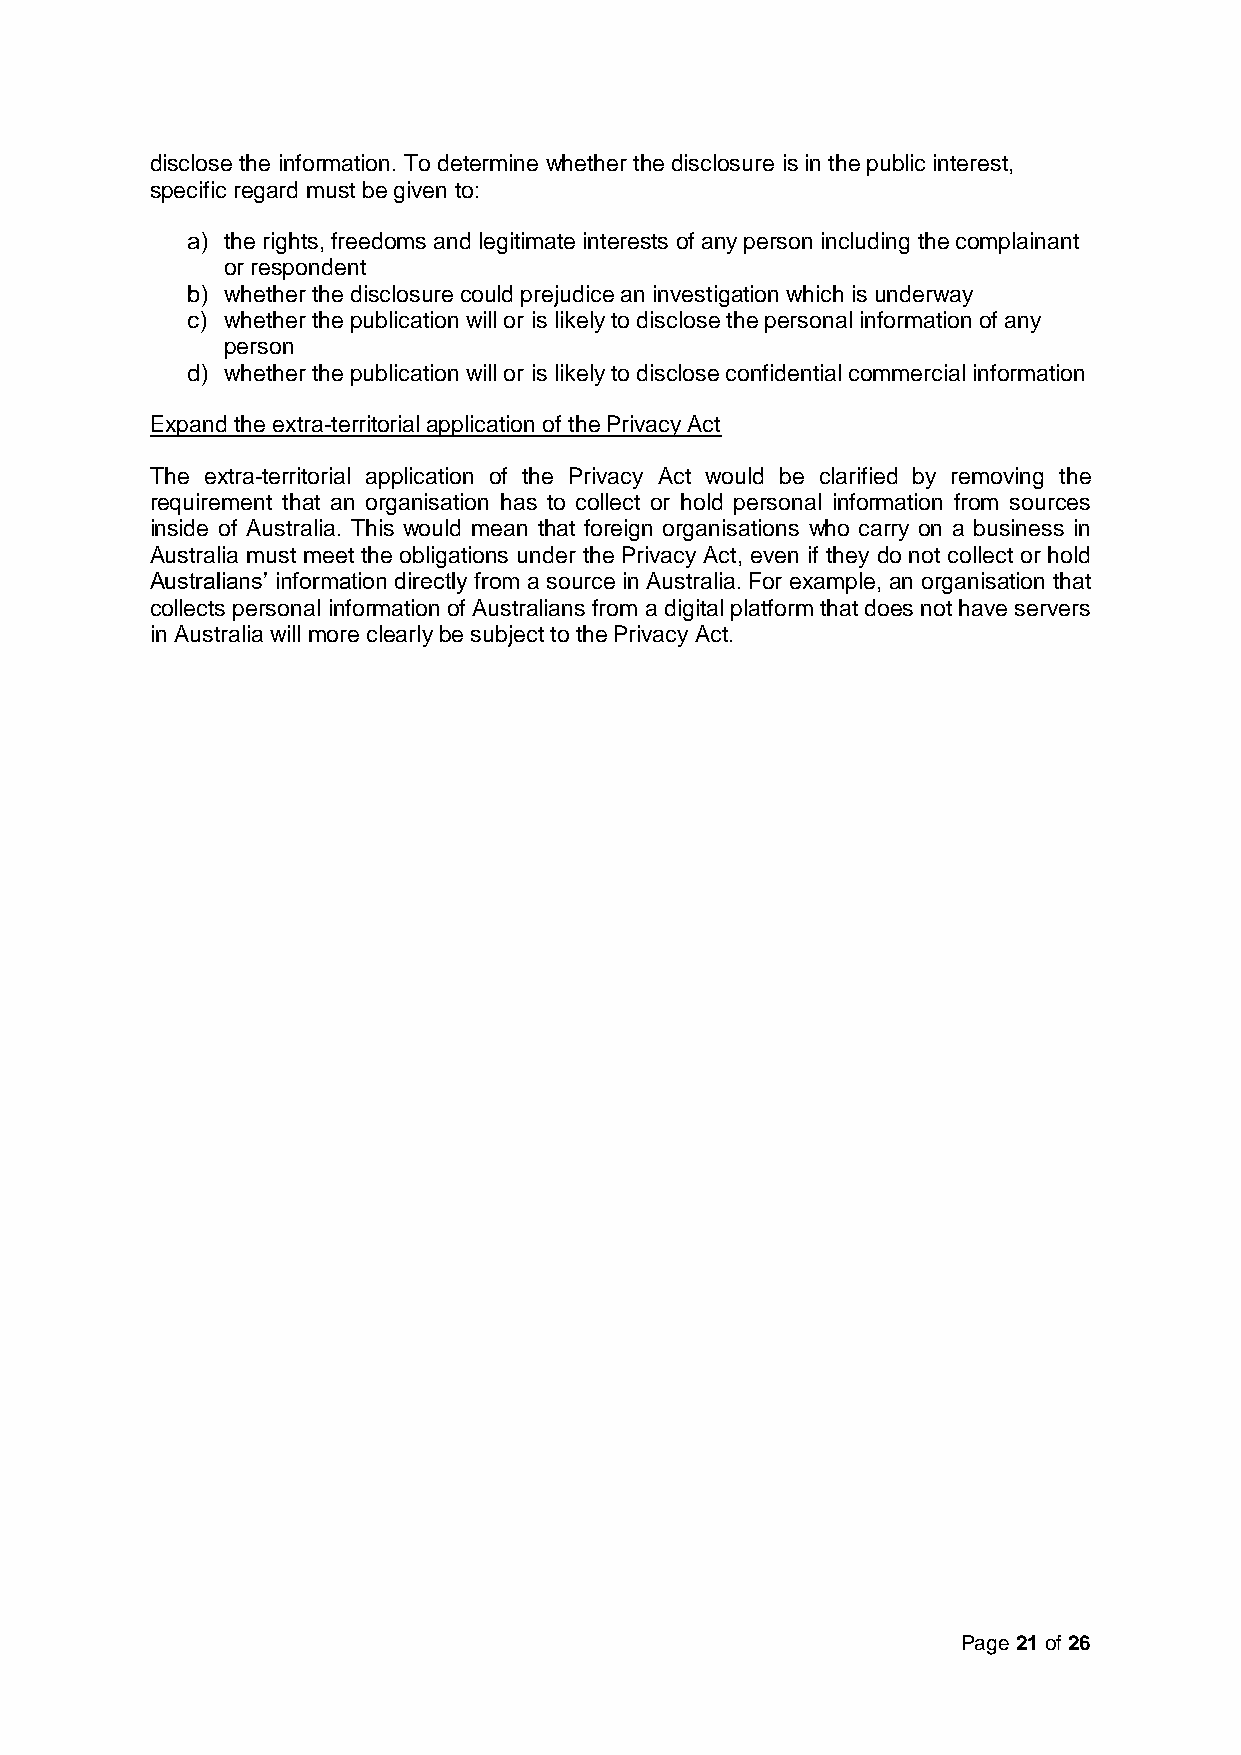
disclose the information. To determine whether the disclosure is in the public interest,
 specific regard must be given to:
 a) the rights, freedoms and legitimate interests of any person including the complainant
 or respondent
 b) whether the disclosure could prejudice an investigation which is underway
 c) whether the publication will or is likely to disclose the personal information of any
 person
 d) whether the publication will or is likely to disclose confidential commercial information
 Expand the extra-territorial application of the Privacy Act
 The extra-territorial application of the Privacy Act would be clarified by removing the
 requirement that an organisation has to collect or hold personal information from sources
 inside of Australia. This would mean that foreign organisations who carry on a business in
 Australia must meet the obligations under the Privacy Act, even if they do not collect or hold
 Australians’ information directly from a source in Australia. For example, an organisation that
 collects personal information of Australians from a digital platform that does not have servers
 in Australia will more clearly be subject to the Privacy Act.
 Page 21 of 26